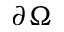
\partial \Omega